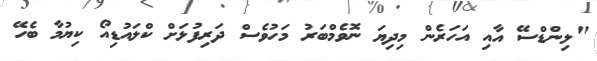
"ލިންޑްސޭ އާއި އަހަރެން މިދިޔަ ނޮވެމްބަރު މަހުވެސް ދަރިފުޅަށް ކްލައުޑިއޯ ކިޔުމާ ބެހޭ